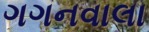
ગગનવાલા